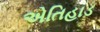
એતિહાડ